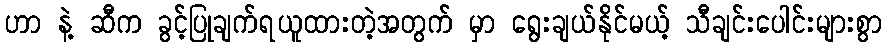
ဟာ နဲ့ ဆီက ခွင့်ပြုချက်ရယူထားတဲ့အတွက် မှာ ရွေးချယ်နိုင်မယ့် သီချင်းပေါင်းများစွာ